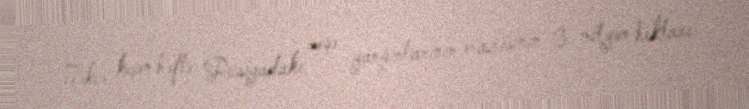
Təkcə keçən həftə Rusiyadakı meşə yanğınlarının ərazisinin 3 milyon hektarı